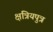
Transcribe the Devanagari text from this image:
क्षत्रियपुत्र